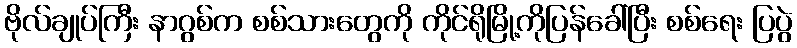
ဗိုလ်ချုပ်ကြီး နာဂွစ်က စစ်သားတွေကို ကိုင်ရိုမြို့ကိုပြန်ခေါ်ပြီး စစ်ရေး ပြပွဲ